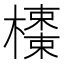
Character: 𣝬